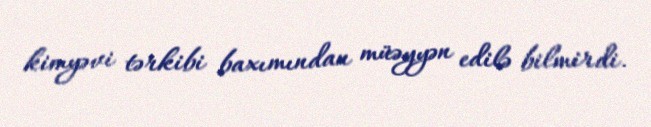
kimyəvi tərkibi baxımından müəyyən edilə bilmirdi.